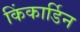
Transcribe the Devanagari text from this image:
किंकार्डिन